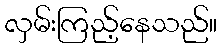
လှမ်းကြည့်နေသည်။